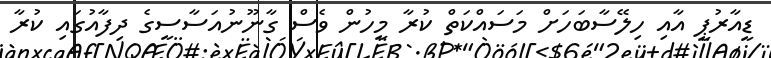
ޑީއާރުޕީ އާއި ހިލޭސާބަހަށް މަސައްކަތް ކުރާ މީހުން ވެސް ގާނޫނުއަސާސީގެ ދިފާއުގައި ކުރާ